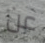
عن